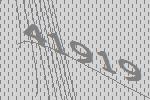
41919